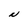
Character: N